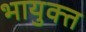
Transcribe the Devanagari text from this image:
भायुक्त